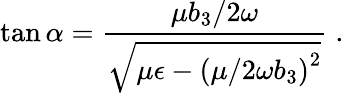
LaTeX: \tan\alpha=\frac{\mu b_{3}/2\omega}{\sqrt{\mu\epsilon-\left(\mu/2\omega b_{3}\right)^{2}}}\; .